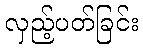
လှည့်ပတ်ခြင်း